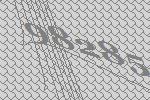
98285